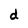
Character: d